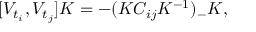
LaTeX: [ V _ { t _ { i } } , V _ { t _ { j } } ] K = - ( K C _ { i j } K ^ { - 1 } ) _ { - } K ,